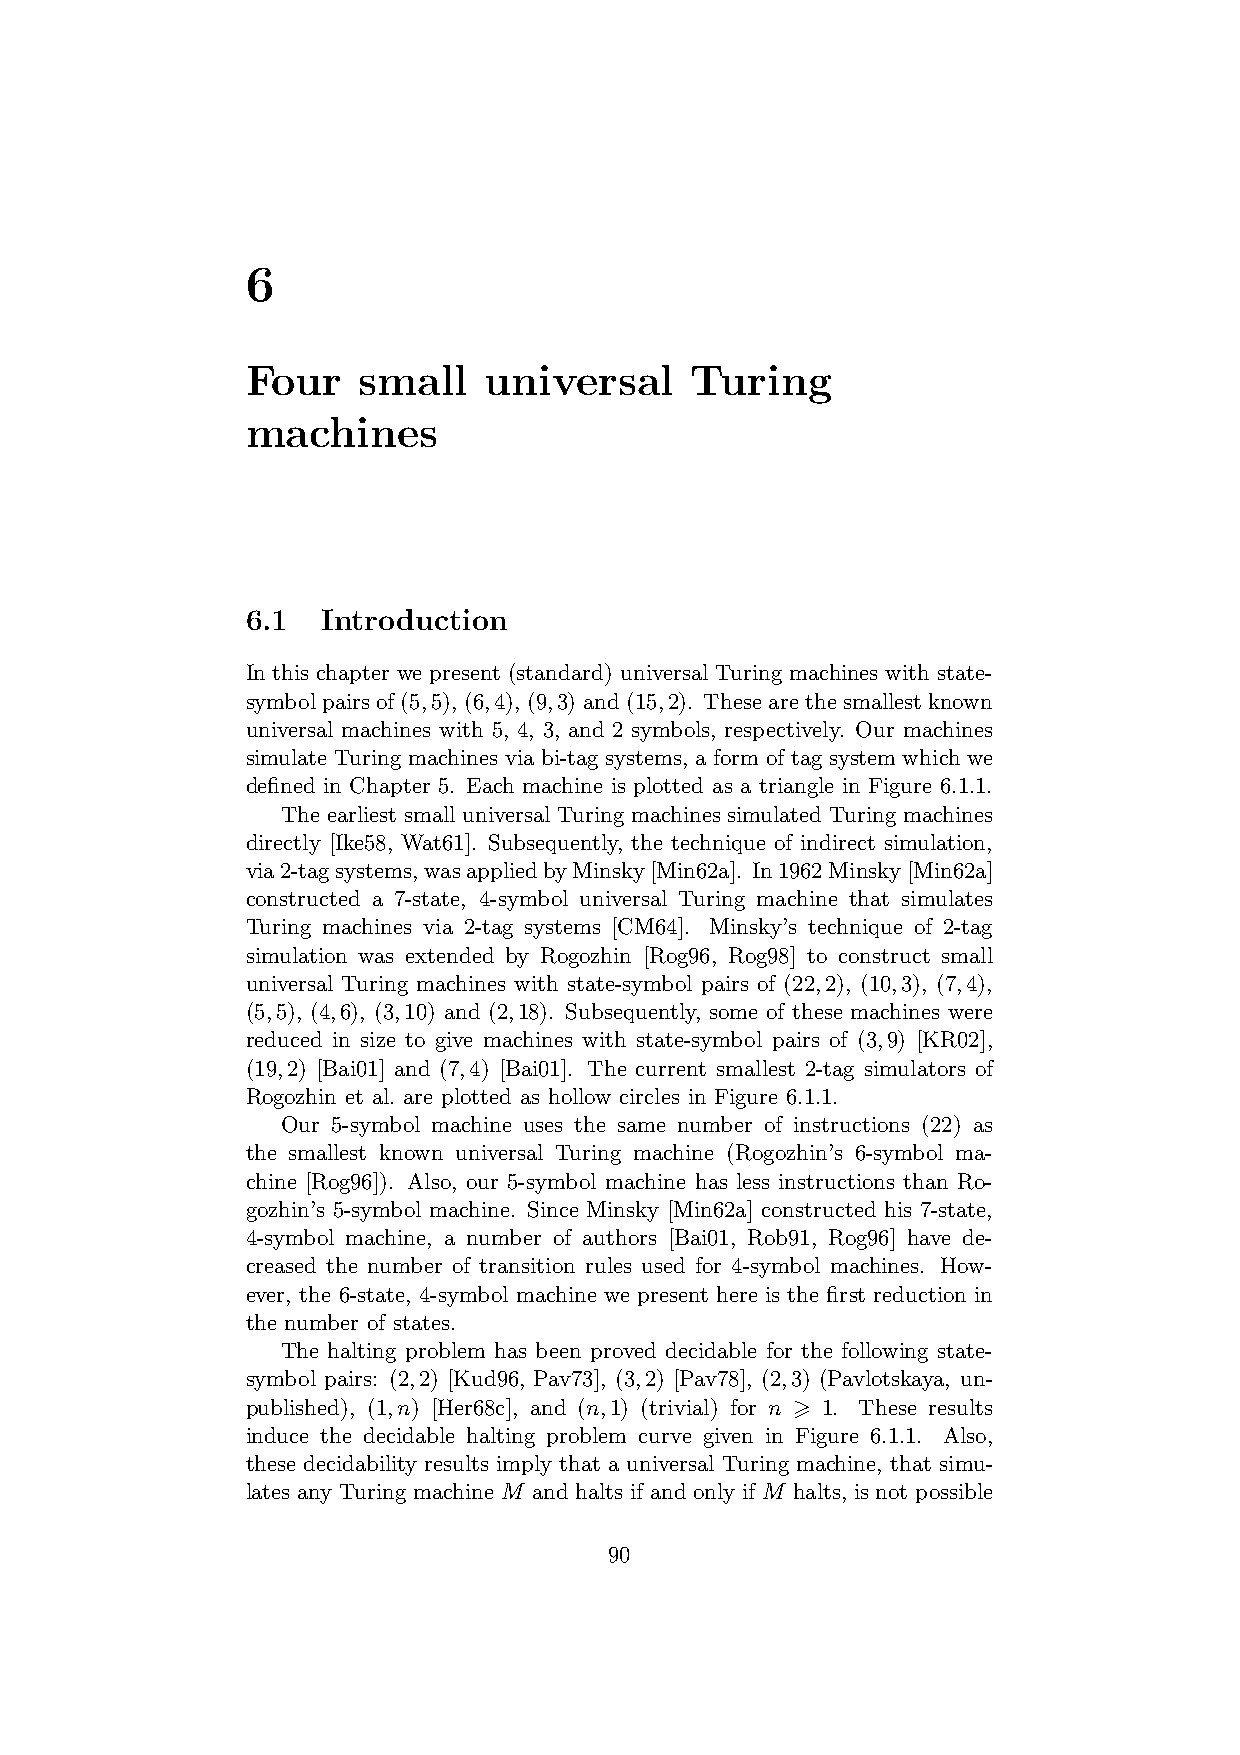
6
 Four    small   universal     Turing
 machines
 6.1  Introduction
 In this chapter we present (standard) universal Turing machines with state-
 symbolpairsof (5,5), (6,4), (9,3) and(15,2). Thesearethesmallestknown
 universal machines with 5, 4, 3, and 2 symbols, respectively. Our machines
 simulate Turing machines via bi-tag systems, a form of tag system which we
 defined in Chapter 5. Each machine is plotted as a triangle in Figure 6.1.1.
 The earliest small universal Turing machines simulated Turing machines
 directly [Ike58, Wat61]. Subsequently, the technique of indirect simulation,
 via2-tagsystems,wasappliedbyMinsky[Min62a]. In1962Minsky[Min62a]
 constructed a 7-state, 4-symbol universal Turing machine that simulates
 Turing machines via 2-tag systems [CM64]. Minsky’s technique of 2-tag
 simulation was extended by Rogozhin [Rog96, Rog98] to construct small
 universal Turing machines with state-symbol pairs of (22,2), (10,3), (7,4),
 (5,5), (4,6), (3,10) and (2,18). Subsequently, some of these machines were
 reduced in size to give machines with state-symbol pairs of (3,9) [KR02],
 (19,2) [Bai01] and (7,4) [Bai01]. The current smallest 2-tag simulators of
 Rogozhin et al. are plotted as hollow circles in Figure 6.1.1.
 Our 5-symbol machine uses the same number of instructions (22) as
 the smallest known universal Turing machine (Rogozhin’s 6-symbol ma-
 chine [Rog96]). Also, our 5-symbol machine has less instructions than Ro-
 gozhin’s 5-symbol machine. Since Minsky [Min62a] constructed his 7-state,
 4-symbol machine, a number of authors [Bai01, Rob91, Rog96] have de-
 creased the number of transition rules used for 4-symbol machines. How-
 ever, the 6-state, 4-symbol machine we present here is the first reduction in
 the number of states.
 The halting problem has been proved decidable for the following state-
 symbol pairs: (2,2) [Kud96, Pav73], (3,2) [Pav78], (2,3) (Pavlotskaya, un-
 published), (1,n) [Her68c], and (n,1) (trivial) for n > 1. These results
 induce the decidable halting problem curve given in Figure 6.1.1. Also,
 these decidability results imply that a universal Turing machine, that simu-
 lates any Turing machine M and halts if and only if M halts, is not possible
 90